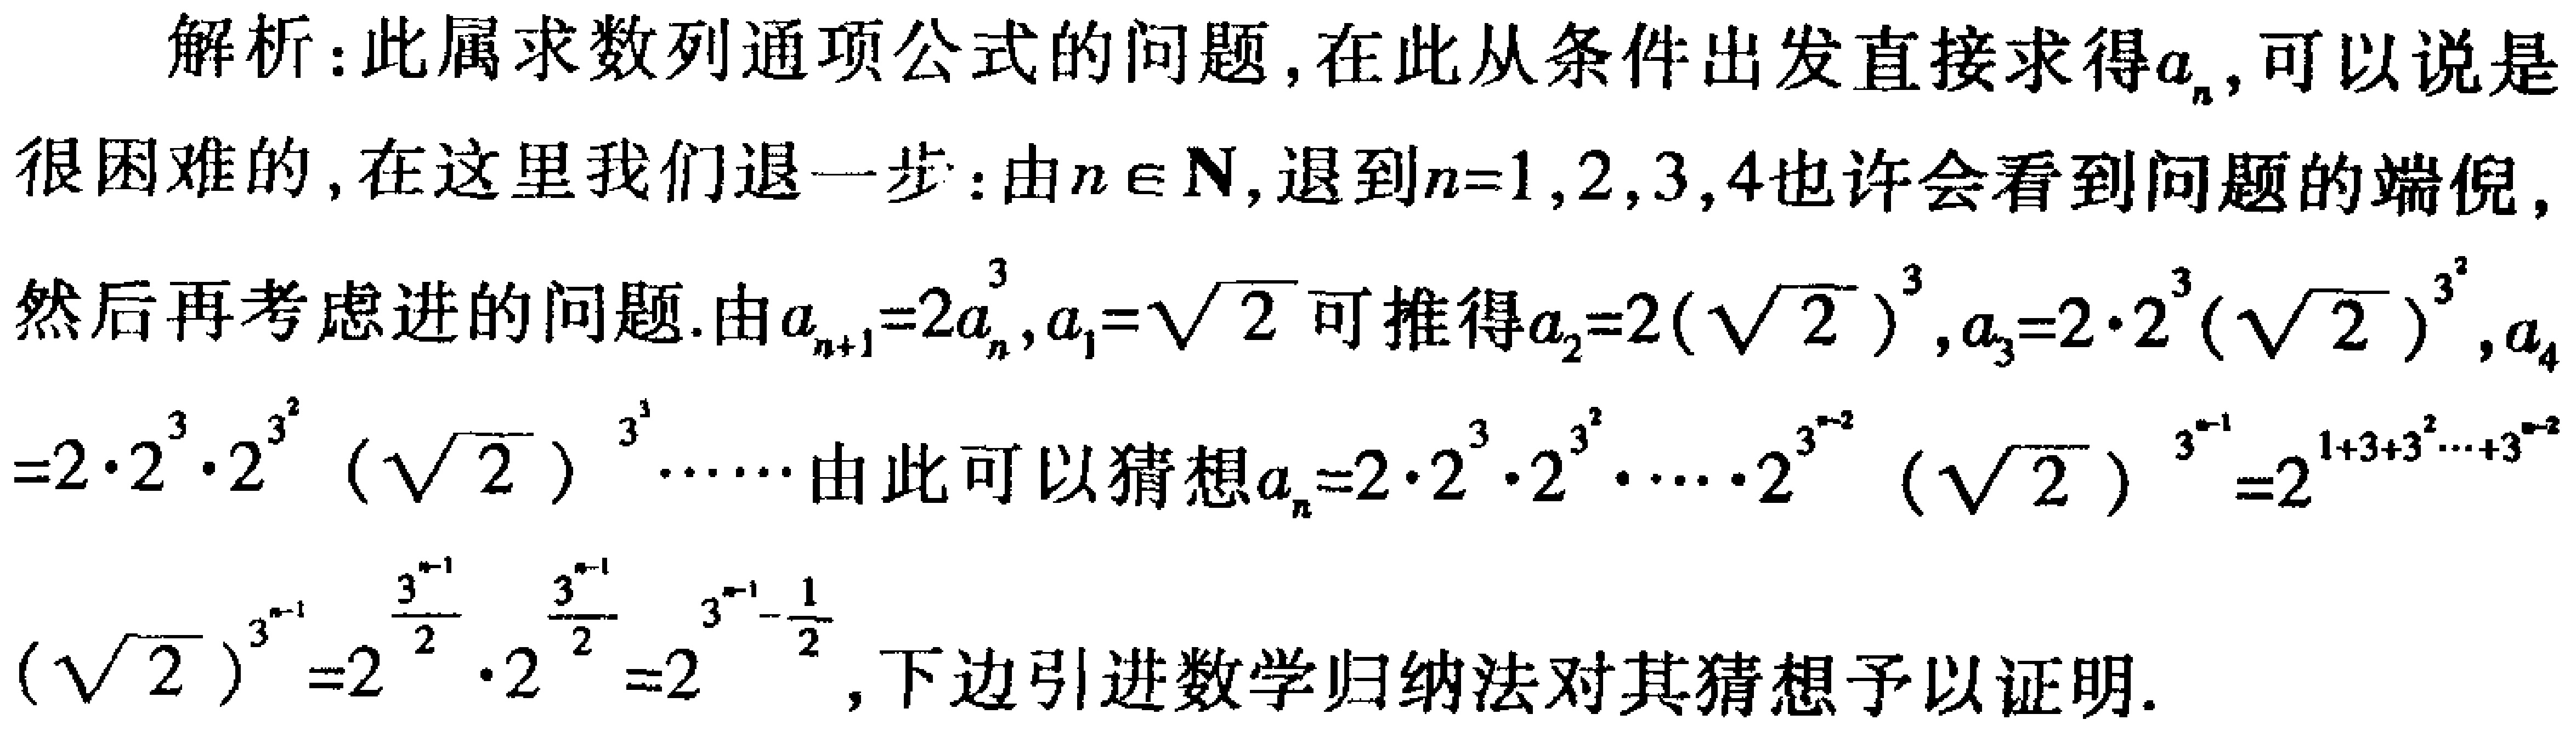
解析：此属求数列通项公式的问题，在此从条件出发直接求得\(a_{n}\)，可以说是很困难的，在这里我们退一步：由\(n\in\mathbf{N}\)，退到\(n = 1,2,3,4\)也许会看到问题的端倪，然后再考虑进的问题.由\(a_{n + 1}=2a_{n}^{3}\)，\(a_{1}=\sqrt{2}\)可推得\(a_{2}=2(\sqrt{2})^{3}\)，\(a_{3}=2\cdot2^{3}(\sqrt{2})^{3^{2}}\)，\(a_{4}=2\cdot2^{3}\cdot2^{3^{2}}(\sqrt{2})^{3^{3}}\cdots\cdots\)由此可以猜想\(a_{n}=2\cdot2^{3}\cdot2^{3^{2}}\cdots\cdot2^{3^{n - 2}}(\sqrt{2})^{3^{n - 1}}=2^{1 + 3+3^{2}\cdots+3^{n - 2}}(\sqrt{2})^{3^{n - 1}}=2^{\frac{3^{n - 1}}{2}}\cdot2^{\frac{3^{n - 1}}{2}}=2^{3^{n - 1}-\frac{1}{2}}\)，下边引进数学归纳法对其猜想予以证明.